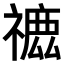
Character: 𥛪